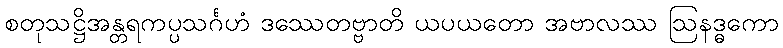
စတုသဋ္ဌိအန္တရကပ္ပသင်္ဂဟံ ဒဿေတဗ္ဗာတိ ယပယတော အဗာလဿ ဩနဒ္ဓကော